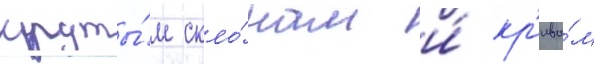
круты́м скло́нам и́ кр'ивы́м